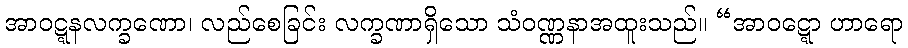
အာဝဋ္ဋနလက္ခဏော၊ လည်စေခြင်း လက္ခဏာရှိသော သံဝဏ္ဏနာအထူးသည်။ “အာဝဋ္ဋော ဟာရော